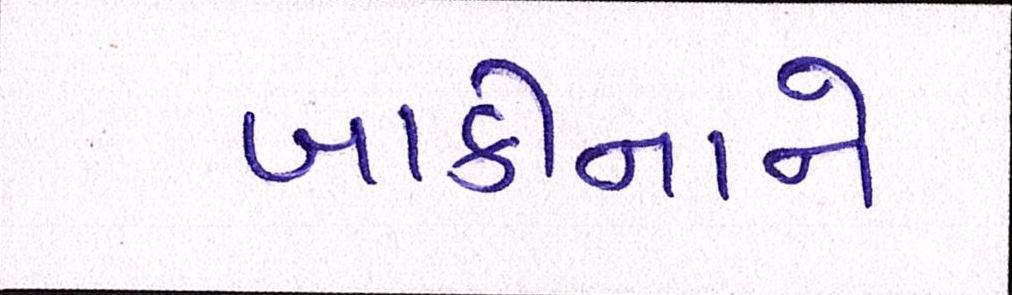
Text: બાકીનાને